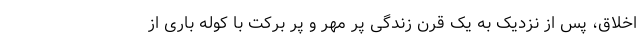
اخلاق، پس از نزدیک به یک قرن زندگی پر مهر و پر برکت با کوله باری از